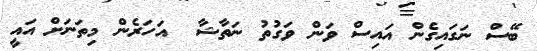
ބޭސް ނަގައިގެން އައިސް ވަން ވަގުތު ނަތާޝާ  އަހަރެން މިތަނަށް އައީ